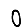
Digit: 0